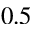
0 . 5